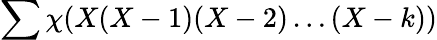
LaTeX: \sum\chi(X(X-1)(X-2)\ldots(X-k))